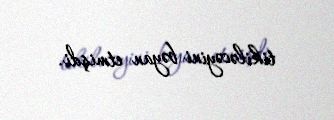
tikiləcəyini bəyan etmişdi.